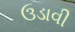
ઉડાવી